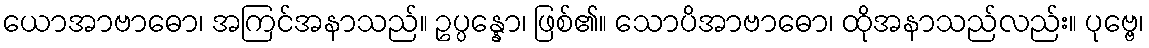
ယောအာဗာဓော၊ အကြင်အနာသည်။ ဥပ္ပန္နော၊ ဖြစ်၏။ သောပိအာဗာဓော၊ ထိုအနာသည်လည်း။ ပုဗ္ဗေ၊